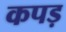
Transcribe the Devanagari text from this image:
कपड़